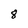
Character: 8